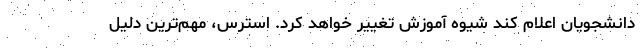
دانشجویان اعلام کند شیوه آموزش تغییر خواهد کرد. استرس، مهم‌ترین دلیل